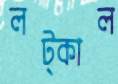
লট্‌কাল